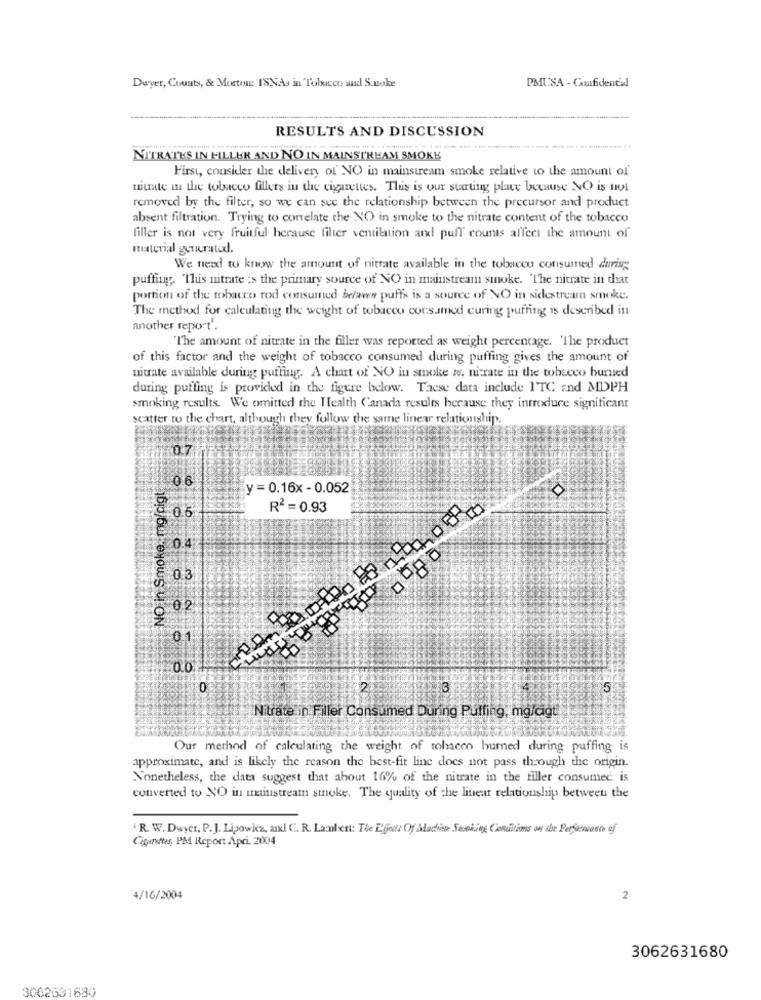
PMUSA - Confidential
Dwyer, County, & Mortos: 'ISNAs in Tobacco and Smoke
RESULTS AND DISCUSSION
NITRATES IN FILLER AND NO IN MAINSTREAM SMOKE
First, consider the delivery of' NO in mainstream smoke relative to the amount of'
nitrate in the tobacco fillers in the cigarettes. This is our starting place because NO is not
removed by the filter, so we can see the relationship between the precursor and product
absent filtration. Trying to correlate the NO in smoke to the nitrate content of the tobacco
filler is not very fruitful because filier ventilation and puff counts affect the amount of
material generated.
We need to know the amount of nitrate available in the tobacco consumed during
puffing. "This nitrate is the primary source of NO in mainstream smoke. The nitrate in that
portion of the tobacco rod consumed befavs puffs is a source of NO in sidestream smoke.
The method for calculating the weight of tobacco corsamed curing puffing is described in
another report".
"The amount of nitrate in the filler was reported as weight percentage. The product
of this factor and the weight of tobacco consumed during puffing gives the amount of
nitrate available during puffing. A chart of NO in smoke w. ni-rate in the tobacco burned
during puffing is provided in the figure below. Taese data include ITC and MDPH
smoking results. We omitted the Health Canada results because they introduce significant
scatter to the chart, although they follow the same linear relationship.
0.7
NO in Smoke, mg/cigt
06
y = 0.16x-0.052
R2 = 0.93
0.4
0.3
0.2
01
0
2.
15
Nitrate in Filler Consumed During Puffing, mg/cigt
Our method of calculating the weight of tobacco burned during puffing is
approximate, and is likely the reason the best-fit line does not pass through the origin.
Nonetheless, the data suggest that about 16% of the nitrate in the filler consumed is
converted to NO in mainstream smoke. The quality of the linear relationship between the
.R. W. Dayet, P. J. Lipowicz, axl C. R. Lanalyst: The Ejects Of Machine Seeking Conditions on the Performance of
Cipantes, PM Report Apri 2004
4/16/2004
2
3062631680
3062531680